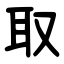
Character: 取